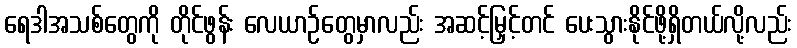
ရေဒါအသစ်တွေကို တိုင်ဖွန်း လေယာဉ်တွေမှာလည်း အဆင့်မြှင့်တင် ပေးသွားနိုင်ဖို့ရှိတယ်လို့လည်း